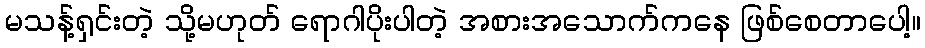
မသန့်ရှင်းတဲ့ သို့မဟုတ် ရောဂါပိုးပါတဲ့ အစားအသောက်ကနေ ဖြစ်စေတာပေါ့။